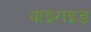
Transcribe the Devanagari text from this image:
थाइराइङ